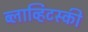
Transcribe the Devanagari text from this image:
ब्लाव्हिटस्‍की